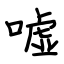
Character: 嘘